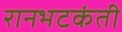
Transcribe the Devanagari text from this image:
रानभटकंती